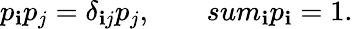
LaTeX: p_{\mathbf{i}}p_{j}=\delta_{\mathbf{i}j}p_{j},\ \ \ \ \ \ \ \, sum_{\mathbf{i}}p_{\mathbf{i}}=1.